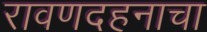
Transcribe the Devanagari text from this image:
रावणदहनाचा